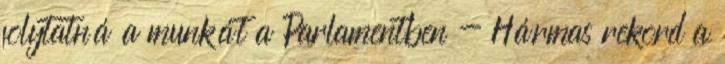
folytatná a munkát a Parlamentben - Hármas rekord a